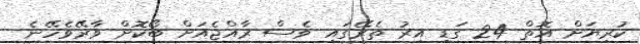
ކުރިޔަށް އޮތް 24 ގަޑި އިރު ތެރޭގައި ވެސް ރާއްޖެއަށް ބޯކޮށް ވާރޭވެހޭނެ